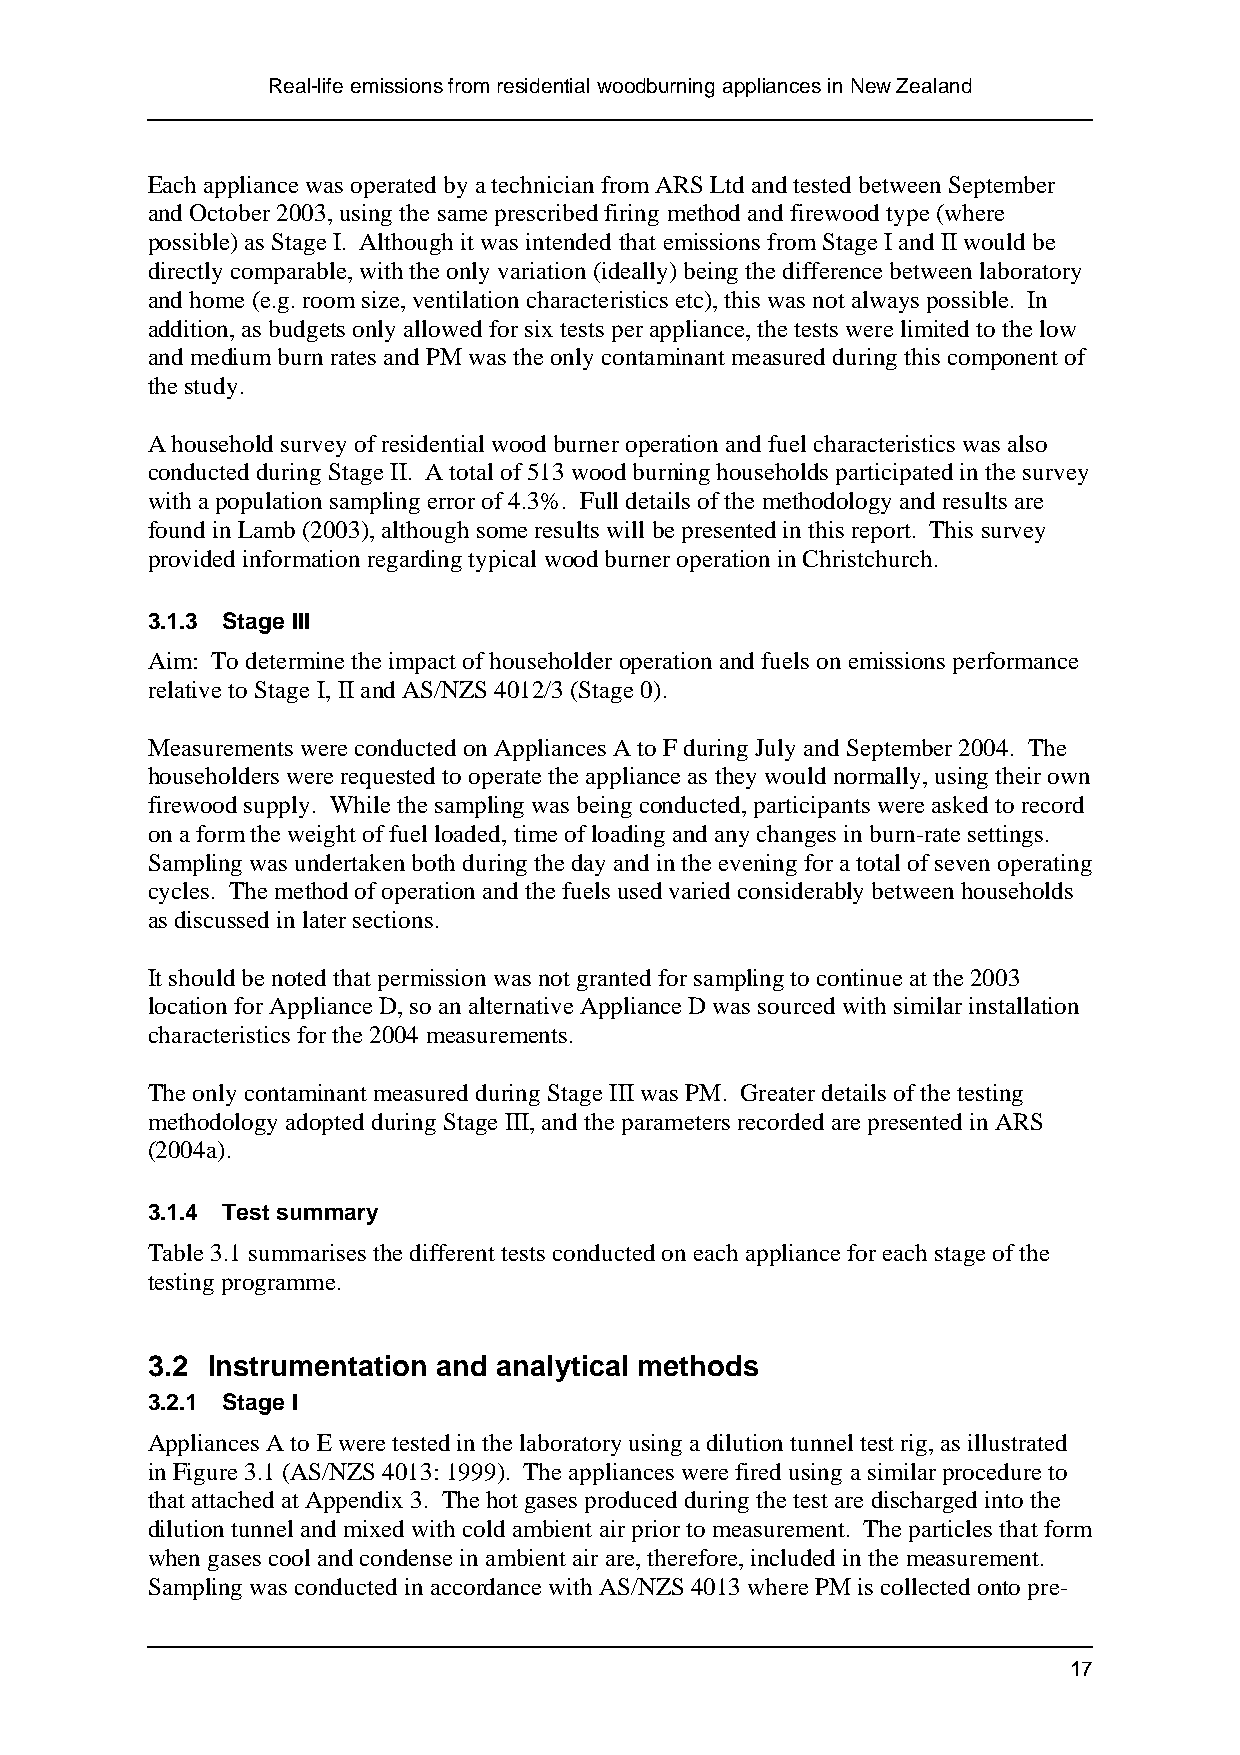
Real-life emissions from residential woodburning appliances in New Zealand
 Each appliance was operated by a technician from ARS Ltd and tested between September
 and October 2003, using the same prescribed firing method and firewood type (where
 possible) as Stage I. Although it was intended that emissions from Stage I and II would be
 directly comparable, with the only variation (ideally) being the difference between laboratory
 and home (e.g. room size, ventilation characteristics etc), this was not always possible. In
 addition, as budgets only allowed for six tests per appliance, the tests were limited to the low
 and medium burn rates and PM was the only contaminant measured during this component of
 the study.
 A household survey of residential wood burner operation and fuel characteristics was also
 conducted during Stage II. A total of 513 wood burning households participated in the survey
 with a population sampling error of 4.3%. Full details of the methodology and results are
 found in Lamb (2003), although some results will be presented in this report. This survey
 provided information regarding typical wood burner operation in Christchurch.
 3.1.3 Stage III
 Aim: To determine the impact of householder operation and fuels on emissions performance
 relative to Stage I, II and AS/NZS 4012/3 (Stage 0).
 Measurements were conducted on Appliances A to F during July and September 2004. The
 householders were requested to operate the appliance as they would normally, using their own
 firewood supply. While the sampling was being conducted, participants were asked to record
 on a form the weight of fuel loaded, time of loading and any changes in burn-rate settings.
 Sampling was undertaken both during the day and in the evening for a total of seven operating
 cycles. The method of operation and the fuels used varied considerably between households
 as discussed in later sections.
 It should be noted that permission was not granted for sampling to continue at the 2003
 location for Appliance D, so an alternative Appliance D was sourced with similar installation
 characteristics for the 2004 measurements.
 The only contaminant measured during Stage III was PM. Greater details of the testing
 methodology adopted during Stage III, and the parameters recorded are presented in ARS
 (2004a).
 3.1.4 Test summary
 Table 3.1 summarises the different tests conducted on each appliance for each stage of the
 testing programme.
 3.2 Instrumentation and analytical methods
 3.2.1 Stage I
 Appliances A to E were tested in the laboratory using a dilution tunnel test rig, as illustrated
 in Figure 3.1 (AS/NZS 4013: 1999). The appliances were fired using a similar procedure to
 that attached at Appendix 3. The hot gases produced during the test are discharged into the
 dilution tunnel and mixed with cold ambient air prior to measurement. The particles that form
 when gases cool and condense in ambient air are, therefore, included in the measurement.
 Sampling was conducted in accordance with AS/NZS 4013 where PM is collected onto pre-
 17